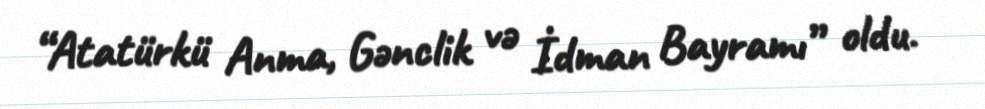
“Atatürkü Anma, Gənclik və İdman Bayramı” oldu.